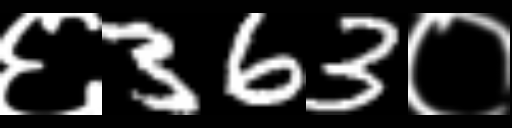
Text: ६363०